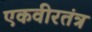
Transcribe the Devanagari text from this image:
एकवीरतंत्र